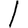
Digit: 1